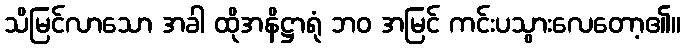
သိမြင်လာသော အခါ ထိုအနိဋ္ဌာရုံ ဘဝ အမြင် ကင်းပသွားလေတော့၏။